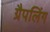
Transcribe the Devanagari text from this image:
ग्रैपलिंग